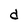
Character: d